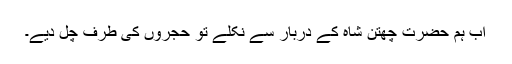
اب ہم حضرت چھتن شاہ کے دربار سے نکلے تو حجروں کی طرف چل دیے۔